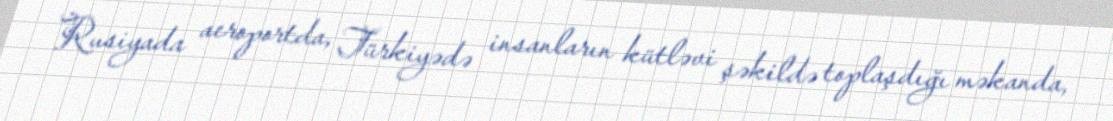
Rusiyada aeroportda, Türkiyədə insanların kütləvi şəkildə toplaşdığı məkanda,